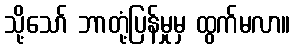
သို့သော် ဘာတုံ့ပြန်မှုမှ ထွက်မလာ။